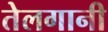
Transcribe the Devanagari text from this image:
तेलगानी